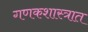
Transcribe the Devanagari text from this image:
गणकशास्त्रात